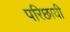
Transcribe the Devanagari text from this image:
परिछायी